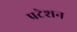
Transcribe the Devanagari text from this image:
प्रटेशन